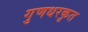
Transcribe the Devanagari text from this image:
गुणधरकृत